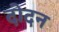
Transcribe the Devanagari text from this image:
दोदन